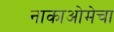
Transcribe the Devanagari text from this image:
नाकाओमेचा